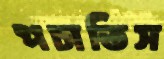
পচাতিস